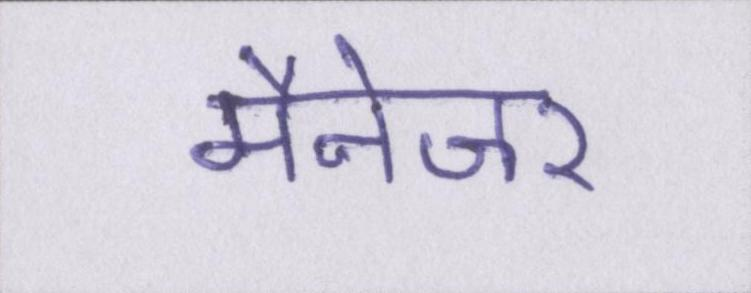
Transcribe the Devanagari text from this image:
मैनेजर